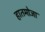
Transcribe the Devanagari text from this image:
हातमोजा